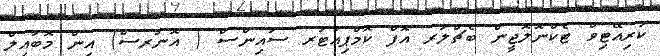
ކުރިއޭޓިވް ޓެކްނޮލޮޖީން ބެޗްލަރ އޮފް ކޮމްޕިއުޓަރ ސައިންސް ( އޮނަރސް) އިން މޮބައިލް